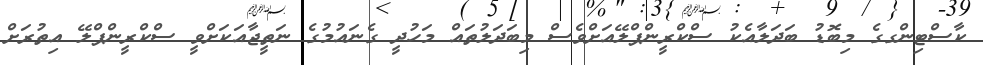
ކާސްޓިންގގެ މިބޮޑު ބަދަލާއެކު ސްކްރީންޕްލޭއަށްވެސް މިބަދަލުތައް މަހުދީ ގެނައުމުގެ ނަތީޖާއަކަށްވީ ސްކްރީންޕްލޭ އިތުރަށް